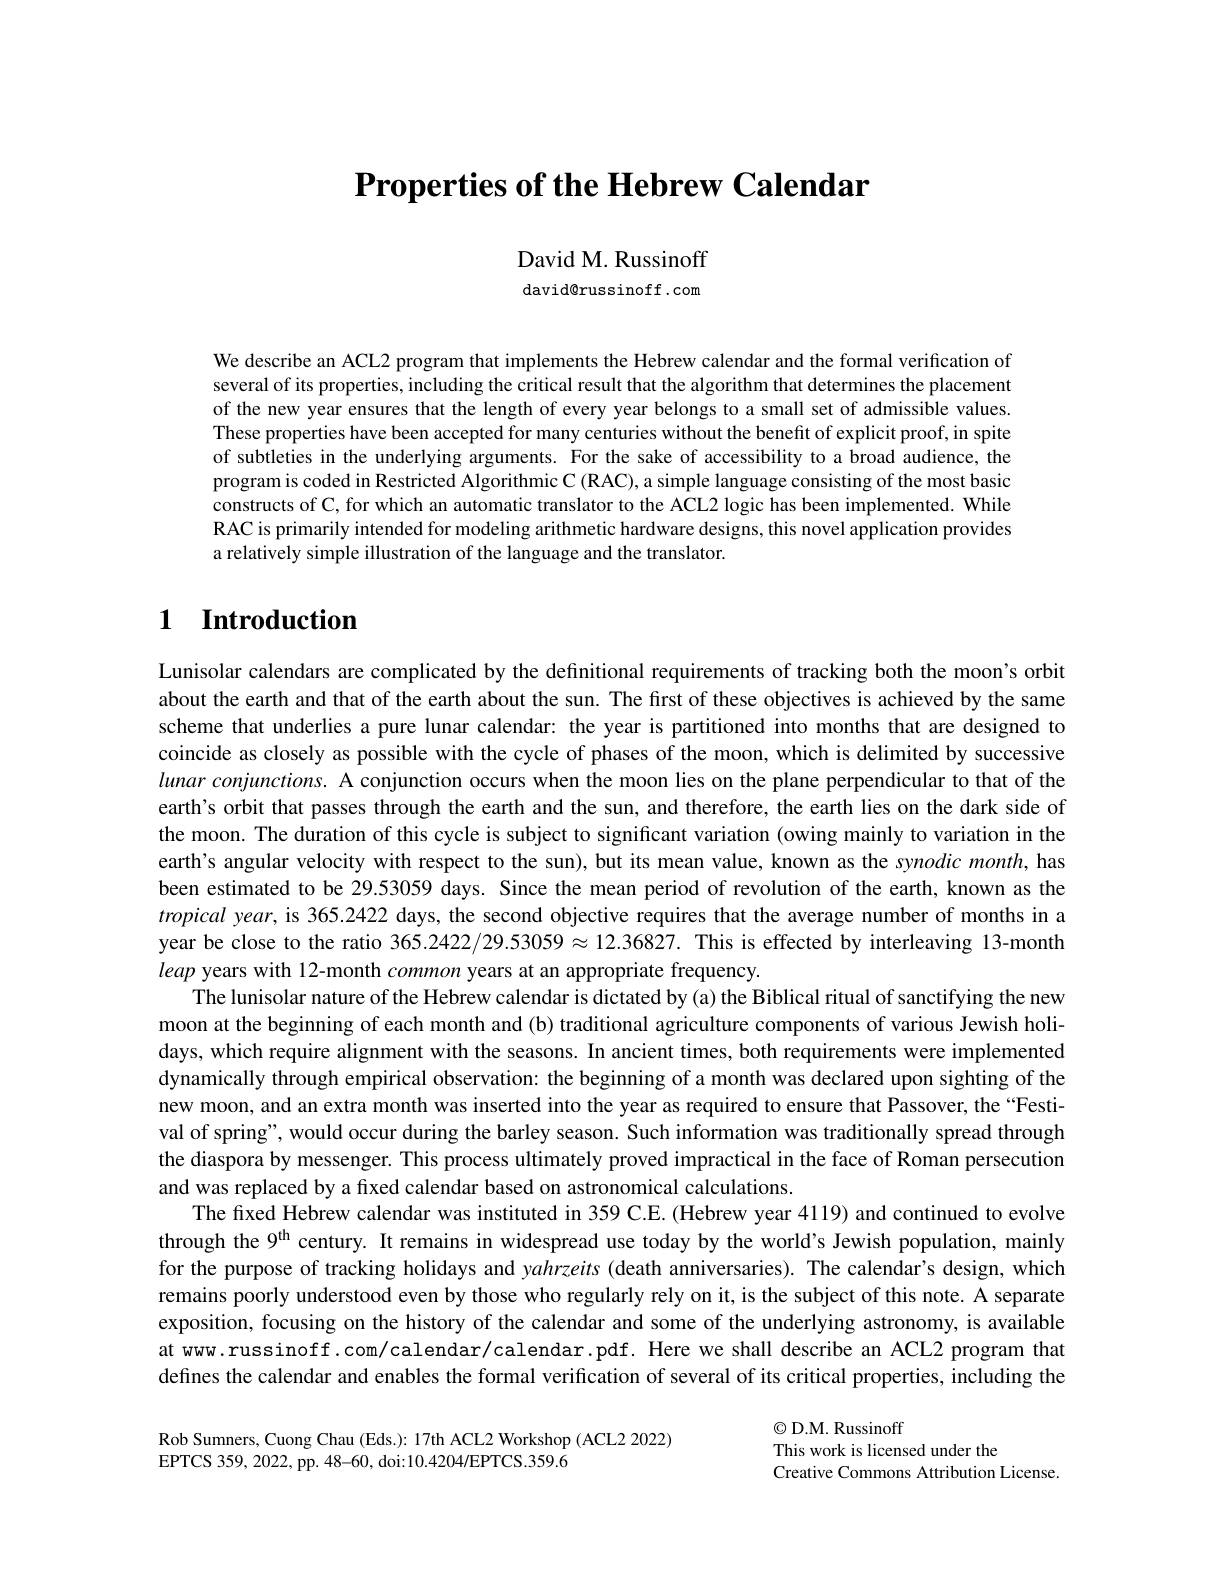
# $\textbf{Properties of the Hebrew Calendar}$

David M. Russinoff david@russinoff.com

We describe an ACL2 program that implements the Hebrew calendar and the formal verification of several of its properties, including the critical result that the algorithm that determines the placement of the new year ensures that the length of every year belongs to a small set of admissible values These properties have been accepted for many centuries without the benefit of explicit proof, in spite of subtleties in the underlying arguments. For the sake of accessibility to a broad audience, the program is coded in Restricted Algorithmic C (RAC), a simple language consisting of the most basic constructs of C, for which an automatic translator to the ACL2 logic has been implemented. While RAC is primarily intended for modeling arithmetic hardware designs, this novel application provides a relatively simple illustration of the language and the translator.

# $\textbf{1}$ $\textbf{Introduction}$

Lunisolar calendars are complicated by the definitional requirements of tracking both the moon's orbit about the earth and that of the earth about the sun. The first of these objectives is achieved by the same scheme that underlies a pure lunar calendar: the year is partitioned into months that are designed to coincide as closely as possible with the cycle of phases of the moon, which is delimited by successive $lunarconjunctions.$ A conjunction occurs when the moon lies on the plane perpendicular to that of the earth's orbit that passes through the earth and the sun, and therefore, the earth lies on the dark side of the moon. The duration of this cycle is subject to significant variation (owing mainly to variation in the earth's angular velocity with respect to the sun), but its mean value, known as the synodic month, has been estimated to be 29.53059 days. Since the mean period of revolution of the earth, known as the tropical year, is 365.2422 days, the second objective requires that the average number of months in a year be close to the ratio $365.2422/29.53059\approx12.36827.$ This is effected by interleaving 13-month leap years with 12-month common years at an appropriate frequency.
The lunisolar nature of the Hebrew calendar is dictated by (a) the Biblical ritual of sanctifying the new moon at the beginning of each month and (b) traditional agriculture components of various Jewish holidays, which require alignment with the seasons. In ancient times, both requirements were implemented dynamically through empirical observation: the beginning of a month was declared upon sighting of the new moon, and an extra month was inserted into the year as required to ensure that Passover, the “Festival of spring", would occur during the barley season. Such information was traditionally spread through the diaspora by messenger. This process ultimately proved impractical in the face of Roman persecution and was replaced by a fixed calendar based on astronomical calculations.
The fixed Hebrew calendar was instituted in 359 C.E. (Hebrew year 4119) and continued to evolve through the $9^\mathrm{th}$ century. It remains in widespread use today by the world's Jewish population, mainly for the purpose of tracking holidays and yahrzeits (death anniversaries). The calendar's design, which remains poorly understood even by those who regularly rely on it, is the subject of this note. A separate exposition, focusing on the history of the calendar and some of the underlying astronomy, is available at www.russinoff.com/calendar/calendar.pdf. Here we shall describe an ACL2 program that defines the calendar and enables the formal verification of several of its critical properties, including the

Rob Sumners, Cuong Chau (Eds.): 17th ACL2 Workshop (ACL2 2022)
EPTCS 359,  2022,  pp.  48- 60,  doi: 10. 4204/ EPTCS. 359. 6

$\textcircled{\mathrm{C}}$D.M. Russinoff
This work is licensed under the
Creative Commons Attribution License